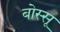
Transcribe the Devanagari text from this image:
बोस्सू